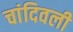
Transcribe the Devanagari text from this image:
चांदिवली